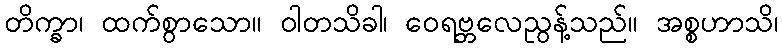
တိက္ခာ၊ ထက်စွာသော။ ဝါတသိခါ၊ ဝေရဗ္ဘလေညွန့်သည်။ အစ္စဟာသိ၊